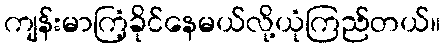
ကျန်းမာကြံ့ခိုင်နေမယ်လို့ယုံကြည်တယ်။